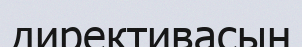
директивасын